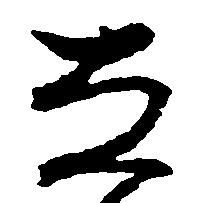
な